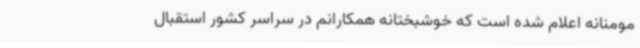
مومنانه اعلام شده است که خوشبختانه همکارانم در سراسر کشور استقبال